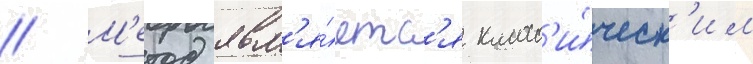
// М'етод явл'я́етс'я класс'и́ческ'им